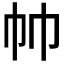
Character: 𰏒